Lunatic asylums United Prov. 1922-30 - 1922-1930
Year: 1922
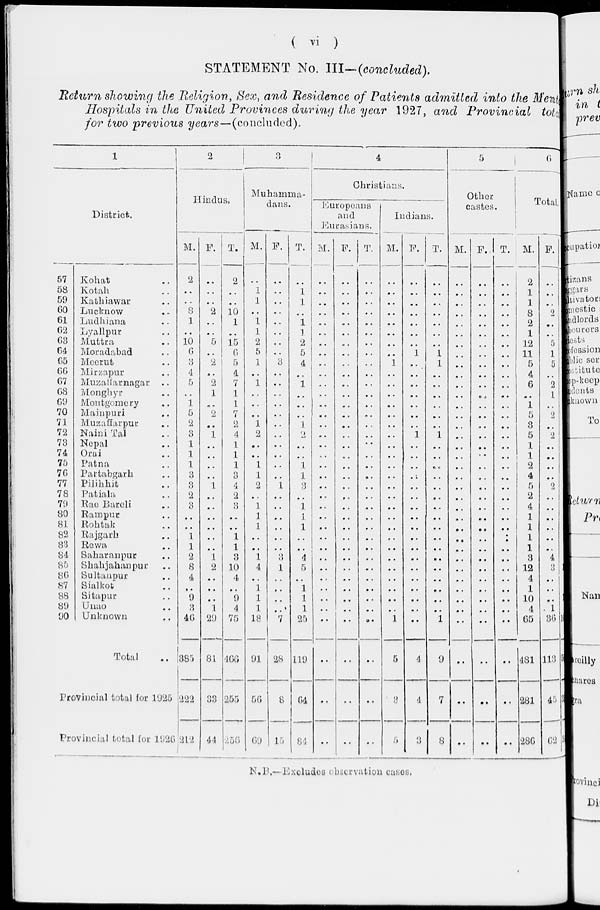
( vi )
STATEMENT No.
III—(concluded).
Return showing the Religion, Sex, and Residence of Patients admitted into the Mental
Hospitals in the United Provinces during the year 1927, and Provincial total
for two previous years—(concluded).
1
District.
57
53
59
60
61
62
63
64
65
66
67
68
69
70
71
72
73
74
75
76
77
78
79
80
81
82
83
84
85
86
87
88
89
90
Kohat ..
Kotah ..
Kathiawar ..
Lucknow ..
Ludhiana ..
Lyallpur ..
Muttra ..
Moradabad ..
Meerut ..
Mirzapur ..
Muzaffarnagar ..
Monghyr ..
Montgomery
Mainpuri ..
Muzaffarpur ..
Naini Tal ..
Nepal ..
Orai ..
Patna ..
Partabgarh ..
Pilihhit ..
Patiala ..
Rae Bareli ..
Rampur ..
Rohtak ..
Rajgarh ..
Rewa ..
Saharanpur ..
Shahjahanpur ..
Sultanpur ..
Sialkot ..
Sitapur ..
Unao ..
Unknown ..
Total
Provincial total for 1925
Provincial total for 1926
2
Hindus.
M.
2
..
..
8
1
..
10
6
3
4
5
..
1
5
2
3
1
1
1
3
3
2
3
..
..
1
1
2
8
4
..
9
3
46
385
222
212
F.
..
..
..
2
..
..
5
..
2
..
2
1
..
2
..
1
..
..
..
..
1
..
..
..
..
..
..
1
2
..
..
..
1
29
81
33
44
T.
2
..
..
10
1
..
15
6
5
4
7
1
1
7
2
4
1
1
1
3
4
2
3
..
..
1
1
3
10
4
..
9
4
75
466
255
256
3
Muhamma-
dans.
M.
..
1
1
..
1
1
2
5
1
..
1
..
..
..
1
2
..
..
1
1
2
..
1
1
1
..
..
1
4
..
1
1
1
18
91
56
69
F.
..
..
..
..
..
..
..
..
3
..
..
..
..
..
..
..
..
..
..
..
1
..
..
..
..
..
..
3
l
..
..
..
..
7
28
8
15
T.
..
1
1
..
1
1
2
5
4
..
1
..
..
..
1
2
..
..
1
1
3
..
1
1
1
..
..
4
5
..
1
1
1
25
119
64
84
4
Christians.
Europeans
and
Eurasians.
M.
..
..
..
..
..
..
..
..
..
..
..
..
..
..
..
..
..
..
..
..
..
..
..
..
..
..
..
..
..
..
..
..
..
..
..
..
..
F.
..
..
..
..
..
..
..
..
..
..
..
..
..
..
..
..
..
..
..
..
..
..
..
..
..
..
..
..
..
..
..
..
..
..
..
..
..
T.
..
..
..
..
..
..
..
..
..
..
..
..
..
..
..
..
..
..
..
..
..
..
..
..
..
..
..
..
..
..
..
..
..
..
..
..
..
Indians.
M.
..
..
..
..
..
..
..
..
1
..
..
..
..
..
..
..
..
..
..
..
..
..
..
..
..
..
..
..
..
..
..
..
..
1
5
3
5
F.
..
..
..
..
..
..
..
1
..
..
..
..
..
..
..
1
..
..
..
..
..
..
..
..
..
..
..
..
..
..
..
..
..
..
4
4
3
T.
..
..
..
..
..
..
..
1
1
..
..
..
..
..
..
1
..
..
..
..
..
..
..
..
..
..
..
..
..
..
..
..
..
1
9
7
8
5
Other
castes.
M.
..
..
..
..
..
..
..
..
..
..
..
..
..
..
..
..
..
..
..
..
..
..
..
..
..
..
..
..
..
..
..
..
..
..
..
..
..
F.
..
..
..
..
..
..
..
..
..
..
..
..
..
..
..
..
..
..
..
..
..
..
..
..
..
..
..
..
..
..
..
..
..
..
..
..
..
T.
..
..
..
..
..
..
..
..
..
..
..
..
..
..
..
..
..
..
..
..
..
..
..
..
..
..
..
..
..
..
..
..
..
..
..
..
..
6
Total
M.
2
1
1
8
2
1
12
11
5
4
6
..
1
5
3
5
1
1
2
4
5
2
4
1
1
1
1
3
12
4
1
10
4
65
481
281
286
F.
..
..
..
2
..
..
5
1
5
..
2
1
..
2
..
2
..
..
..
..
2
..
..
..
..
..
..
4
3
..
..
..
1
36
113
45
62
T.
1
1
5
3
3
N.B.— Excludes observation cases.